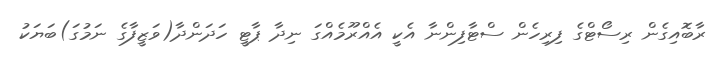
ރާބޮއިގެން ރިސޯޓްގެ ފިރިހެން ސްޓާފިންނާ އެކީ އެއްރޫމެއްގަ ނިދާ ޕާޓީ ހަދަންދާ(ވަޒީފާގެ ނަމުގަ)ބަޔަކު